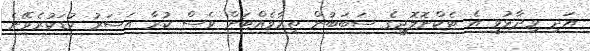
އަދި ވިދާޅުވީ އެ ޓެކްނޮލޮޖީގެ ސަބަބުން ތިމާވެއްޓަށް ވެސް ކުރާ އަސަރު ކުޑަކުރެވޭނެ